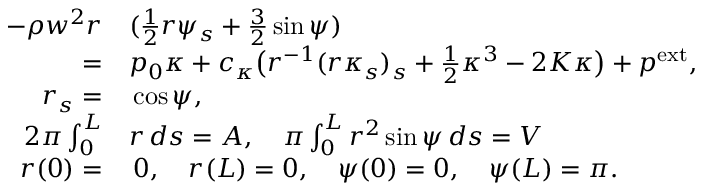
\begin{array} { r l } { - \rho w ^ { 2 } r } & { { } ( \frac { 1 } 2 r \psi _ { s } + \frac 3 2 \sin \psi ) } \\ { = } & { { } p _ { 0 } \kappa + c _ { \kappa } \big ( r ^ { - 1 } ( r \kappa _ { s } ) _ { s } + \frac 1 2 \kappa ^ { 3 } - 2 K \kappa \big ) + p ^ { \mathrm { e x t } } , } \\ { r _ { s } = } & { { } \cos \psi , } \\ { 2 \pi \int _ { 0 } ^ { L } } & { { } r \, d s = A , \quad \pi \int _ { 0 } ^ { L } r ^ { 2 } \sin \psi \, d s = V } \\ { r ( 0 ) = } & { { } \, 0 , \quad r ( L ) = 0 , \quad \psi ( 0 ) = 0 , \quad \psi ( L ) = \pi . } \end{array}